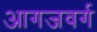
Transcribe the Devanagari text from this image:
आगजवर्ग